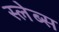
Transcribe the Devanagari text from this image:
स्लेब्स